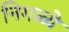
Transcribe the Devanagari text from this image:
निगळ्ये